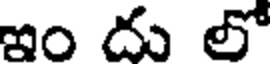
ఇం దు లో